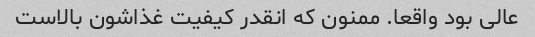
عالی بود واقعا. ممنون که انقدر کیفیت غذاشون بالاست